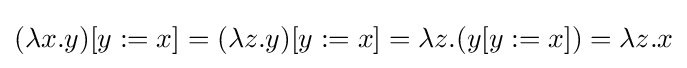
(\lambda x.y)[y:=x]=(\lambda z.y)[y:=x]=\lambda z.(y[y:=x])=\lambda z.x